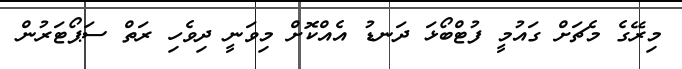
މިރޭގެ މެޗަށް ގައުމީ ފުޓްބޯޅަ ދަނޑު އެއްކޮށް މިވަނީ ދިވެހި ރަތް ސަޕޯޓަރުން